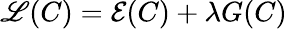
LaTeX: \mathscr{L}(C)=\mathcal{E}(C)+\lambda G(C)